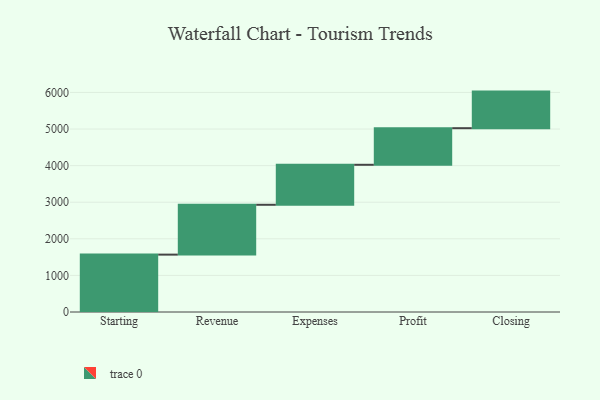
{"axis": {"x": "Step", "y": "Value"}, "legend": [""], "data": [{"x": "Starting", "y": 1568.0, "type": ""}, {"x": "Revenue", "y": 1362.0, "type": ""}, {"x": "Expenses", "y": 1093.0, "type": ""}, {"x": "Profit", "y": 1000, "type": ""}, {"x": "Closing", "y": 1000, "type": ""}]}